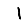
Digit: 1